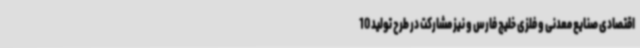
اقتصادی صنایع معدنی و فلزی خلیج فارس و نیز مشارکت در طرح تولید 10